Annual returns of the Patna Lunatic Asylum at Bankipore in Bihar and Orissa - 1912-1924
Year: 1912
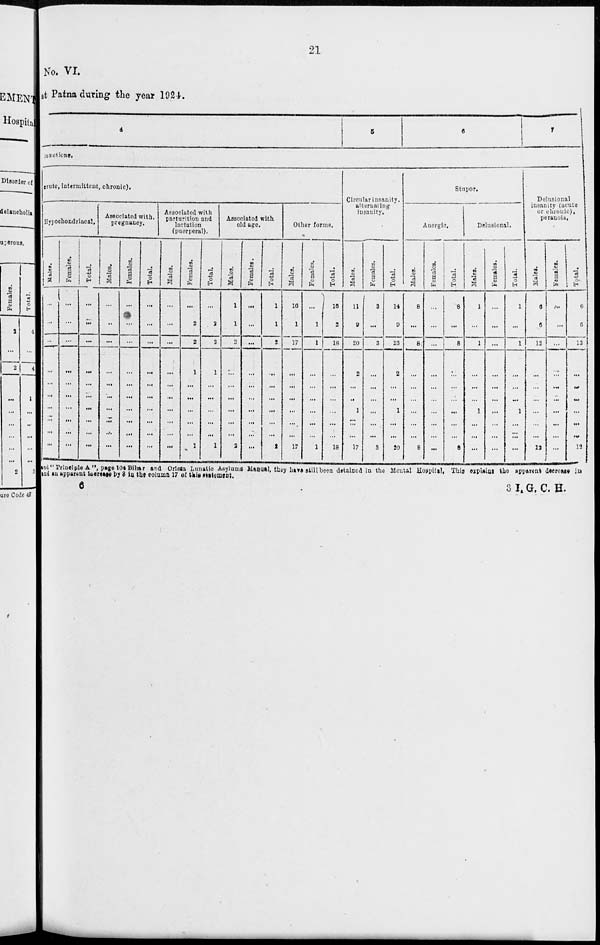
21
No. VI.
at Patna during the year 1924.
4
5
6
7
Functions.
acute, intermittent, chronic).
HypochoEdriacal.
Males.
...
...
...
...
...
...
...
...
...
...
Females.
...
...
...
...
...
...
...
...
...
...
Total.
...
...
...
...
...
...
...
...
...
...
Associated with.
pregnancy.
Males.
...
...
...
...
...
...
...
...
...
...
Females.
...
...
...
...
...
...
...
...
...
...
Total.
...
...
...
...
...
...
...
...
...
...
Associated with
parturition and
lactation
(puerperal).
Males.
...
...
...
...
...
...
...
...
...
...
Females.
...
2
2
1
...
...
...
...
...
1
Total.
...
2
2
1
...
...
...
...
...
1
Associated with
old age.
Males.
1
1
2
...
...
...
...
...
...
2
Females.
...
...
...
...
...
...
...
...
...
...
Total.
1
1
2
...
...
...
...
...
...
2
Other forms.
Males.
16
1
17
...
...
...
...
...
...
17
Females.
...
1
1
...
...
...
...
...
...
1
Total.
16
2
18
...
...
...
...
...
...
18
Circular insanity.
alternating
insanity.
Males.
11
9
20
2
...
...
1
...
...
17
Females.
3
...
3
...
...
...
...
...
...
3
Total.
14
9
23
2
...
...
1
...
...
20
Stupor.
Anergic.
Males.
8
...
8
...
...
...
...
...
...
8
Females.
...
...
...
...
...
...
...
...
...
...
Total.
8
...
8
...
...
...
...
...
...
8
Delusional.
Males.
1
...
1
...
...
...
1
...
...
...
Females.
...
...
...
...
...
...
...
...
...
...
Total.
1
...
1
...
...
...
1
...
...
...
Delusional
insanity (acute
or chronic),
peranoia.
Males.
6
6
12
...
...
...
...
...
...
12
Females.
...
...
...
...
...
...
...
...
...
...
Total.
6
6
12
...
...
...
...
...
...
12
and" Principle A"page 104 Bihar and Orissa, Lunatic Asylums Manual they have still been detained in the Mental Hospital. This explains the apparens decrease in
and an apparent increase by 3 in the column 17 of this statement.
6
3 I.G.C. H.